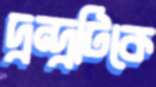
দ্বন্দ্বটিকে